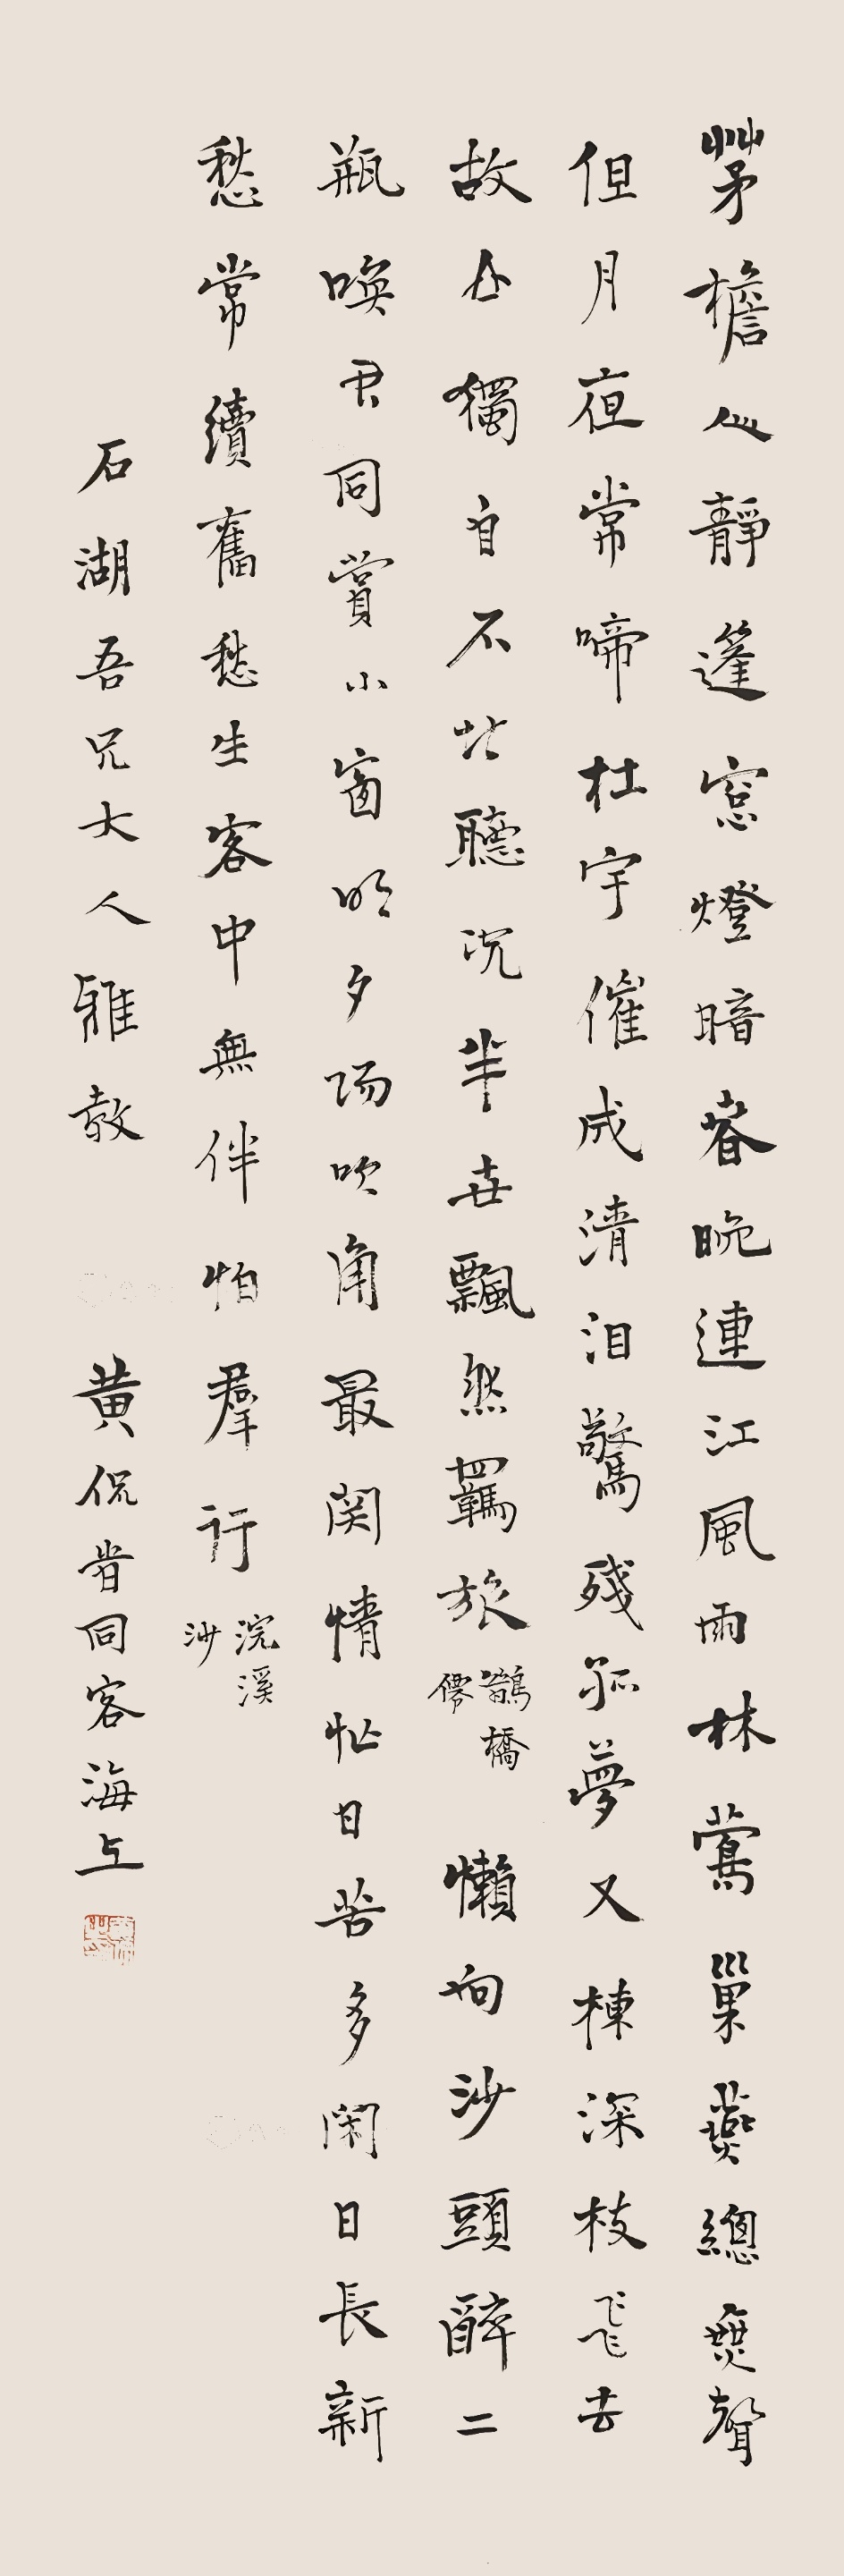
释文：茅檐人静，蓬窗灯暗，春晚连江风雨。林莺巢燕总无声，但月夜、常啼杜宇。催成清泪，惊残孤梦，又拣深枝飞去。故山犹自不堪听，况半世、飘然羁旅！鹊桥先。懒向沙头醉玉瓶，唤君同赏小窗明。夕阳吹角最关情。忙日苦多闲日少，新愁常续旧愁生。客中无伴怕君行。浣溪沙。石湖吾兄大人雅教。黄侃昔同客海上。